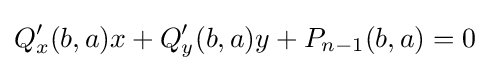
Q'_{x}(b,a)x+Q'_{y}(b,a)y+P_{n-1}(b,a)=0